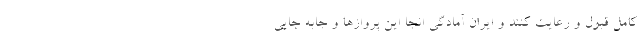
کامل قبول و رعایت کنند و ایران آمادگی انجا این پروازها و جابه جایی